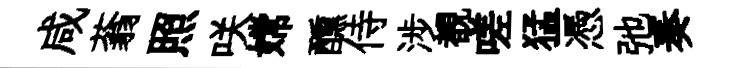
咸蓊照咲嫦醺侍涉覩嗟猛憑弛奏